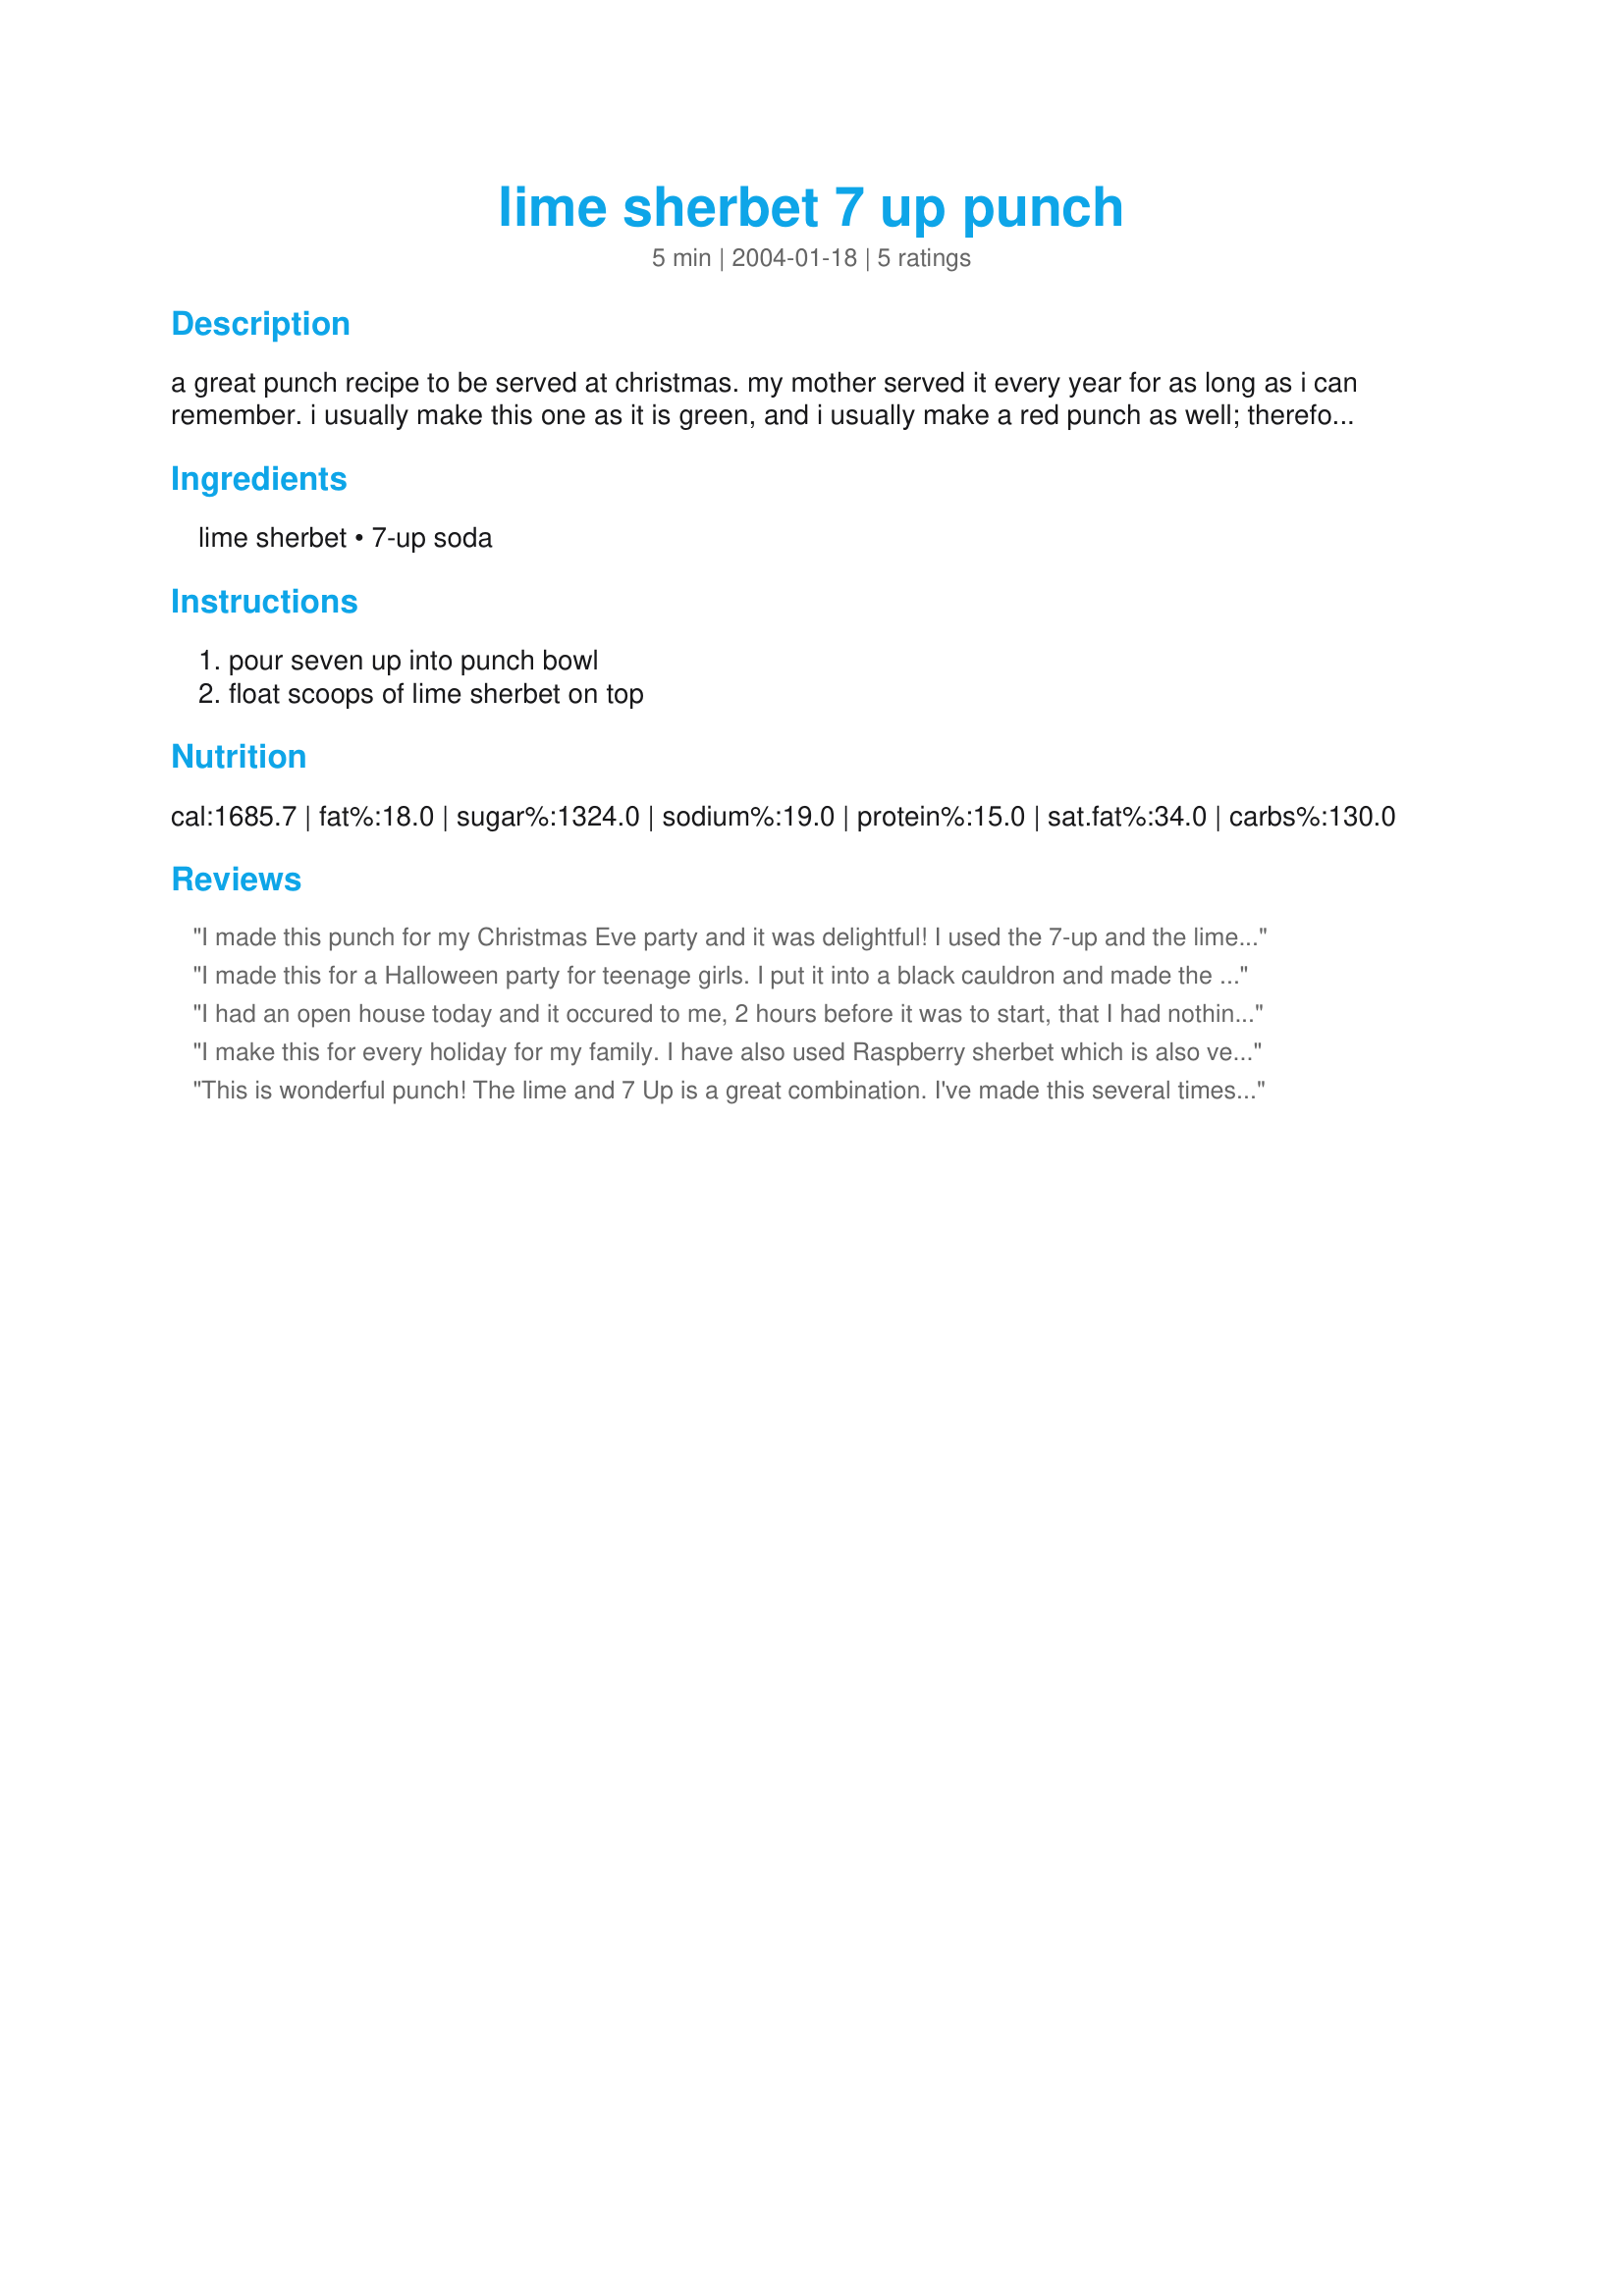
lime sherbet 7 up punch
Preparation time: 5 minutes

a great punch recipe to be served at christmas. my mother served it every year for as long as i can remember. i usually make this one as it is green, and i usually make a red punch as well; therefore i have both prominent christmas colors for the perfect christmas theme.

Ingredients:
lime sherbet, 7-up soda

Steps:
pour seven up into punch bowl, float scoops of lime sherbet on top

Reviews:
I made this punch for my Christmas Eve party and it was delightful! I used the 7-up and the lime sherbert as suggested. I might try a different flavor of sherbert next time. Thanks for posting!
I made this for a Halloween party for teenage girls. I put it into a black cauldron and made the pineapple juice into pieces of ice bones. It was a big hit. It tasted good and the green punch gave it a very witchy feel and look. My only complaint was that the girls were on a sugar high from all the sugar content.
I had an open house today and it occured to me, 2 hours before it was to start, that I had nothing but water to drink. Luckily I had seen this recipe and could run to the store for the supplies. I used rainbow sherbert for the pretty colors and it was very tasty and fast! Thanks!
I make this for every holiday for my family. I have also used Raspberry sherbet which is also very good!
This is wonderful punch! The lime and 7 Up is a great combination. I've made this several times with different flavors of sherbet. It's best when the sherbet is melteed.
